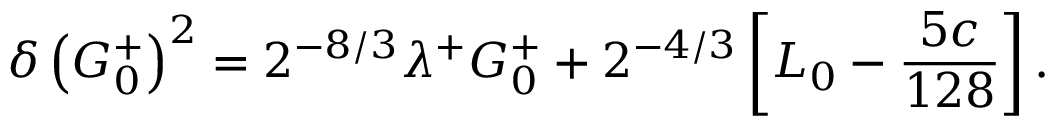
\delta \left( G _ { 0 } ^ { + } \right) ^ { 2 } = 2 ^ { - 8 / 3 } \lambda ^ { + } G _ { 0 } ^ { + } + 2 ^ { - 4 / 3 } \left[ L _ { 0 } - { \frac { 5 c } { 1 2 8 } } \right] .